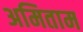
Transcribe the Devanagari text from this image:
अमिताम